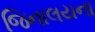
જિનાલયના